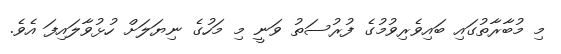
މި މުބާރާތުގައި ބައިވެރިވުމުގެ ފުރުސަތު ވަނީ މި މަހުގެ ނިޔަަލަށް ހުޅުވާލައިފަ އެވެ.